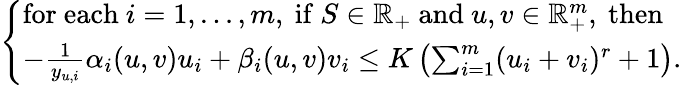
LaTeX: \left\{ \begin{array}{l}{\mathrm{for~each~}i=1,...,m,\mathrm{~if~}S\in\mathbb{R}_{+}\mathrm{~and~}u,v\in\mathbb{R}_{+}^{m},\mathrm{~then~}}\\ {-\frac{1}{y_{u,i}}\alpha_{i}(u,v)u_{i}+\beta_{i}(u,v)v_{i}\le K\left(\sum_{i=1}^{m}(u_{i}+v_{i})^{r}+1\right).}\end{array}\right.